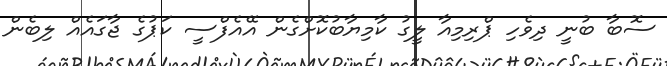
ސޮބާ ބުނީ ދިވެހި ޕްރިމިއާ ލީގު ކާމިޔާބުކޮށްގެން އޭއެފްސީ ކަޕުގެ ޖާގައެއް ލިބެން